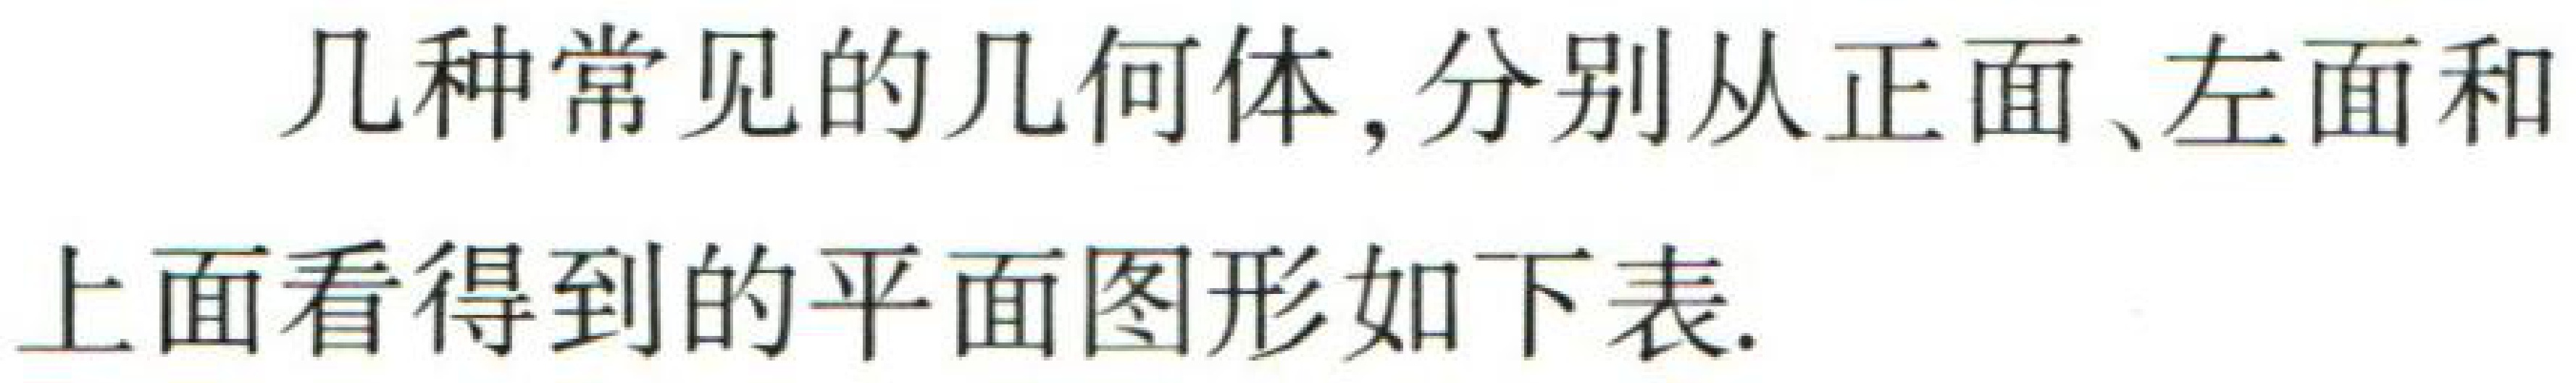
几种常见的几何体, 分别从正面、左面和

上面看得到的平面图图形如下表.